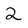
Character: 2